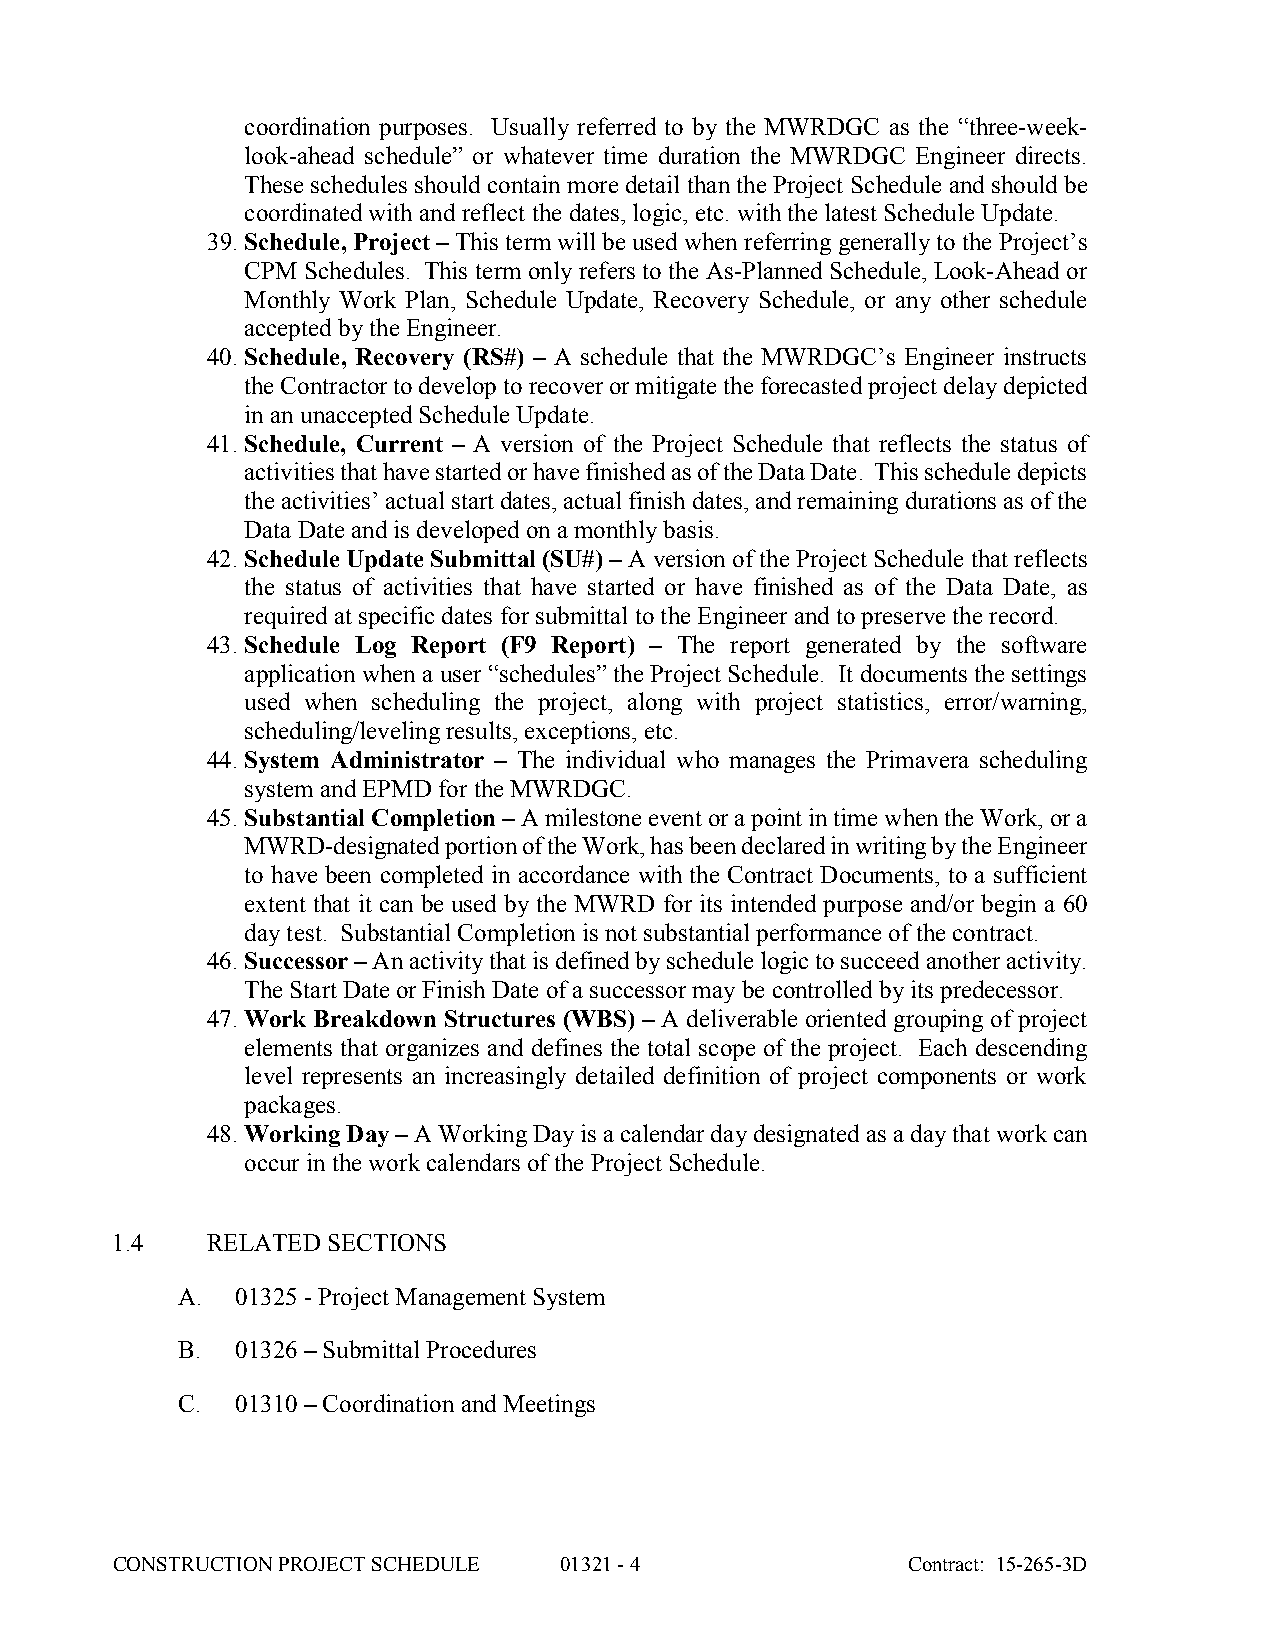
coordination purposes. Usually referred to by the MWRDGC as the “three-week-
 look-ahead schedule” or whatever time duration the MWRDGC Engineer directs.
 These schedules should contain more detail than the Project Schedule and should be
 coordinated with and reflect the dates, logic, etc. with the latest Schedule Update.
 39. Schedule, Project – This term will be used when referring generally to the Project’s
 CPM Schedules. This term only refers to the As-Planned Schedule, Look-Ahead or
 Monthly Work Plan, Schedule Update, Recovery Schedule, or any other schedule
 accepted by the Engineer.
 40. Schedule, Recovery (RS#) – A schedule that the MWRDGC’s Engineer instructs
 the Contractor to develop to recover or mitigate the forecasted project delay depicted
 in an unaccepted Schedule Update.
 41. Schedule, Current – A version of the Project Schedule that reflects the status of
 activities that have started or have finished as of the Data Date. This schedule depicts
 the activities’ actual start dates, actual finish dates, and remaining durations as of the
 Data Date and is developed on a monthly basis.
 42. Schedule Update Submittal (SU#) – A version of the Project Schedule that reflects
 the status of activities that have started or have finished as of the Data Date, as
 required at specific dates for submittal to the Engineer and to preserve the record.
 43. Schedule Log Report (F9 Report) – The report generated by the software
 application when a user “schedules” the Project Schedule. It documents the settings
 used when scheduling the project, along with project statistics, error/warning,
 scheduling/leveling results, exceptions, etc.
 44. System Administrator – The individual who manages the Primavera scheduling
 system and EPMD for the MWRDGC.
 45. Substantial Completion – A milestone event or a point in time when the Work, or a
 MWRD-designated portion of the Work, has been declared in writing by the Engineer
 to have been completed in accordance with the Contract Documents, to a sufficient
 extent that it can be used by the MWRD for its intended purpose and/or begin a 60
 day test. Substantial Completion is not substantial performance of the contract.
 46. Successor – An activity that is defined by schedule logic to succeed another activity.
 The Start Date or Finish Date of a successor may be controlled by its predecessor.
 47. Work Breakdown Structures (WBS) – A deliverable oriented grouping of project
 elements that organizes and defines the total scope of the project. Each descending
 level represents an increasingly detailed definition of project components or work
 packages.
 48. Working Day – A Working Day is a calendar day designated as a day that work can
 occur in the work calendars of the Project Schedule.
 1.4    RELATED SECTIONS
 A.  01325 - Project Management System
 B.  01326 – Submittal Procedures
 C.  01310 – Coordination and Meetings
 CONSTRUCTION PROJECT SCHEDULE 01321 - 4              Contract: 15-265-3D